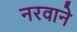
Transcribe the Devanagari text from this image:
नरवाने